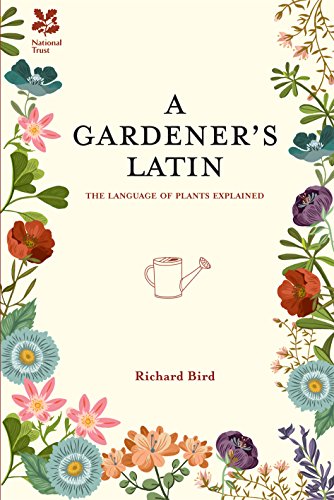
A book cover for A Gardener's Latin: The Language of Plants Explained; Richard Bird; Science & Math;